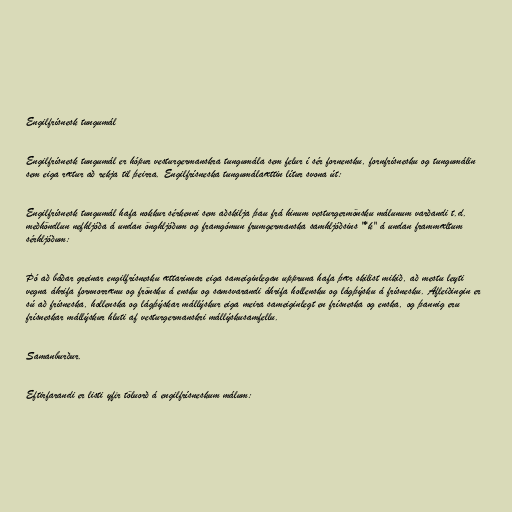
Engilfrísnesk tungumál

Engilfrísnesk tungumál er hópur vesturgermanskra tungumála sem felur í sér fornensku, fornfrísnesku og tungumálin
sem eiga rætur að rekja til þeirra. Engilfrísneska tungumálaættin lítur svona út:

Engilfrísnesk tungumál hafa nokkur sérkenni sem aðskilja þau frá hinum vesturgermönsku málunum varðandi t.d.
meðhöndlun nefhljóða á undan önghljóðum og framgómun frumgermanska samhljóðsins "*k" á undan frammæltum
sérhljóðum:

Þó að báðar greinar engilfrísnesku ættarinnar eiga sameiginlegan uppruna hafa þær skilist mikið, að mestu leyti
vegna áhrifa fornnorrænu og frönsku á ensku og samsvarandi áhrifa hollensku og lágþýsku á frísnesku. Afleiðingin er
sú að frísneska, hollenska og lágþýskar mállýskur eiga meira sameiginlegt en frísneska og enska, og þannig eru
frísneskar mállýskur hluti af vesturgermanskri mállýskusamfellu.

Samanburður.

Eftirfarandi er listi yfir töluorð á engilfrísneskum málum: